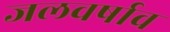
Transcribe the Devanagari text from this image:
जलवर्षाव